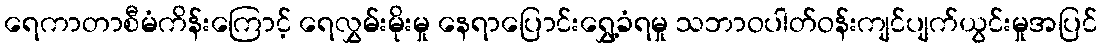
ရေကာတာစီမံကိန်းကြောင့် ရေလွှမ်းမိုးမှု နေရာပြောင်းရွှေ့ခံရမှု သဘာဝပါတ်ဝန်းကျင်ပျက်ယွင်းမှုအပြင်